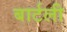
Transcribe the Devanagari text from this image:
बार्टली